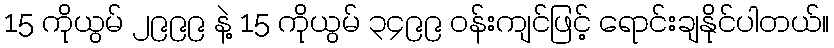
15 ကိုယွမ် ၂၉၉၉ နဲ့ 15 ကိုယွမ် ၃၄၉၉ ဝန်းကျင်ဖြင့် ရောင်းချနိုင်ပါတယ်။